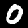
Digit: 0